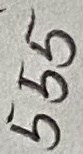
Text: 555